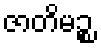
ဇာတိမဉ္စ